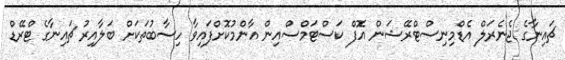
ޗައިނާގެ ޖެނެރަލް އެޑްމިނިސްޓްރޭޝަން އޮފް ކަސްޓަމްސްއިން އާންމުކޮށްފައިވާ ހިސާބުތަކަށް ބަލާއިރު ޗައިނާގެ ޓްރޭޑް